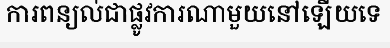
ការពន្យល់ជាផ្លូវការណាមួយនៅឡើយទេ